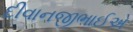
દીવાનજીભાઈએ